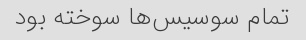
تمام سوسیس‌ها سوخته بود